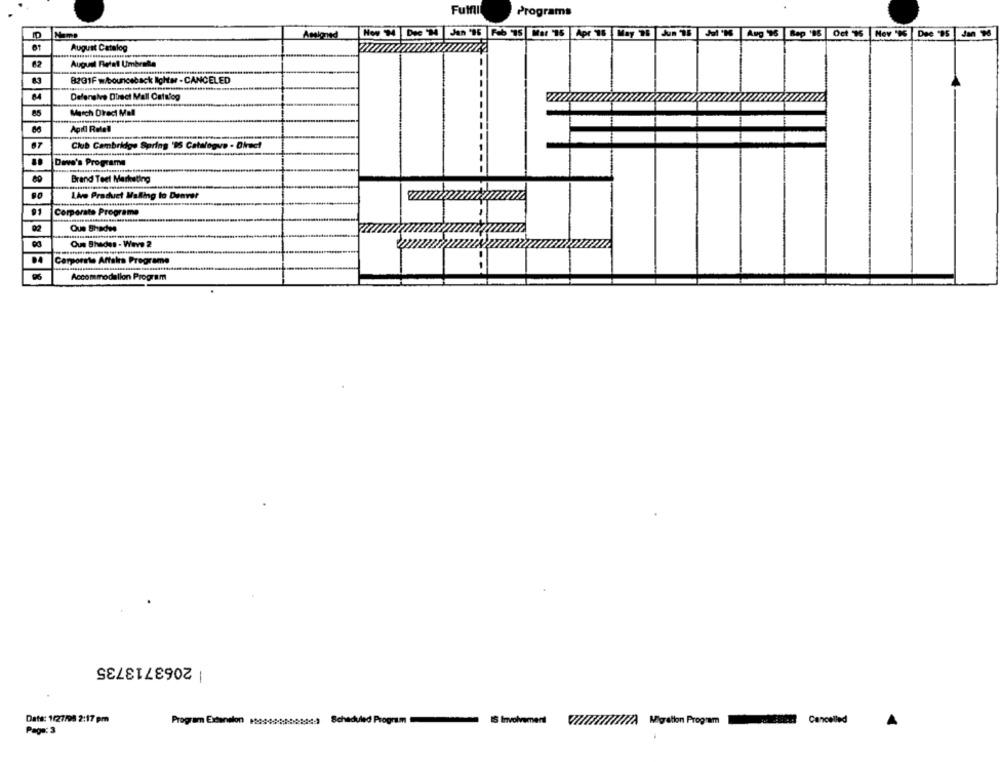
Fuffll
Programs
Name
Assigned
How W |Doc 14 Jan '96 Feb IS Mar 15 Apr 76 May 96 Jun 15 Jel'% |Aug 96 |Bep '06 |Oct 15 Mev '% |Dee '95 Jan 96
August Catalog
62
August Retall Umbrala
8231F w/bounceback lightwr - CANCELED
Defensive Direct Mall Catalog
March Direct Mall
67
Club Cambridge Spring '95 Catalogue . Direct
Dave's Programs
Brand Teet Marketing
Lhe Product Malling to Denver
91
Corporate Programe
Que Shades
Ous Shades - Wave 2
DA
Corporate Artalrs Programe
Accommodation Program
| 2063713735
Dats: 1/27/95 2:17 pm
Program Extension Me **** 20084433
Scheduled Program
VIA Milion Program
Cancelled
Page: 3